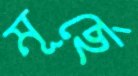
মূর্ছে